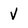
Character: V